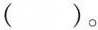
( )。